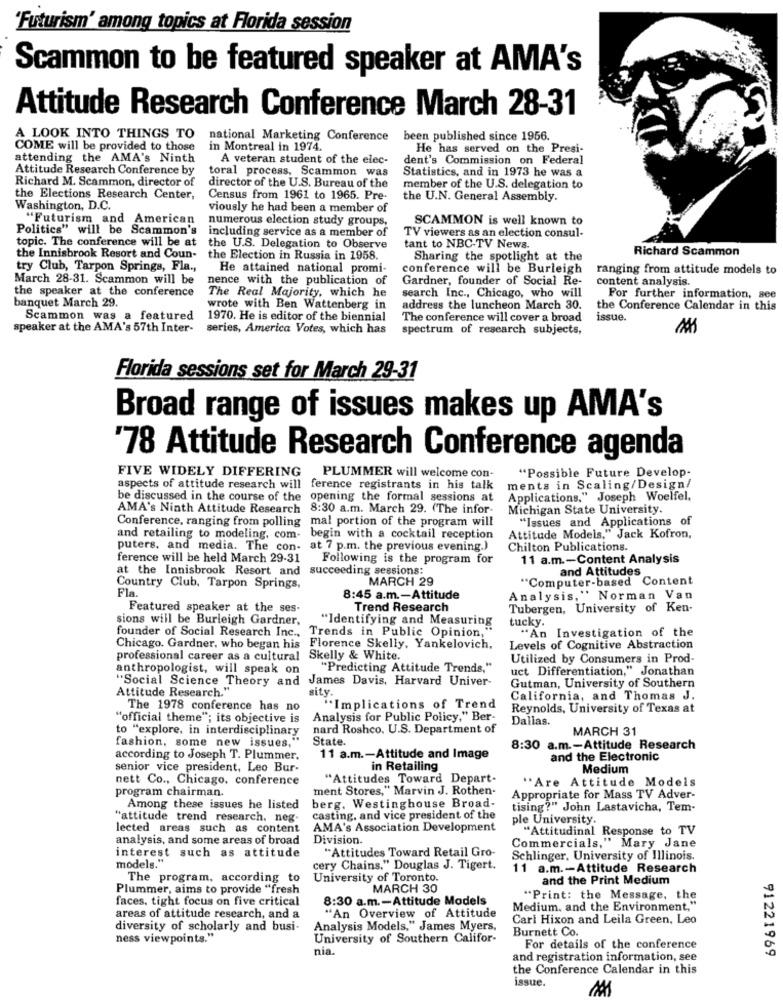
'Futurism' among topics at Florida session
Scammon to be featured speaker at AMA's
Attitude Research Conference March 28-31
A LOOK INTO THINGS TO
national Marketing Conference
been published since 1956.
COME will be provided to those
in Montreal in 1974.
He has served on the Presi-
attending the AMA's Ninth
A veteran student of the elec-
dent's Commission on Federal
Attitude Research Conference by
toral process, Scammon was
Statistics, and in 1973 he was a
Richard M. Scammon, director of
director of the U.S. Bureau of the
member of the U.S. delegation to
the Elections Research Center,
Census from 1961 to 1965. Pre-
the U.N. General Assembly.
Washington, D.C.
viously he had been a member of
"Futurism and American
numerous election study groups.
SCAMMON is well known to
Politics" will be Scammon's
topic. The conference will be at
including service as a member of
TV viewers as an election consul-
the U.S. Delegation to Observe
tant to NBC-TV News.
Richard Scammon
the Innisbrook Resort and Coun-
the Election in Russia in 1958.
Sharing the spotlight at the
try Club, Tarpon Springs, Fla .,
He attained national promi-
conference will be Burleigh
ranging from attitude models to
March 28-31. Scammon will be
nence with the publication of
Gardner, founder of Social Re-
content analysis.
the speaker at the conference
banquet March 29.
The Real Majority, which he
search Inc ., Chicago, who will
For further information, see
wrote with Ben Wattenberg in
address the luncheon March 30.
the Conference Calendar in this
Scammon was a featured
1970. He is editor of the biennial
The conference will cover a broad
issue.
speaker at the AMA's 57th Inter-
series, America Votes, which has
spectrum of research subjects,
Florida sessions set for March 29-31
Broad range of issues makes up AMA's
'78 Attitude Research Conference agenda
FIVE WIDELY DIFFERING
PLUMMER will welcome con-
"Possible Future Develop-
aspects of attitude research will ference registrants in his talk
ments in Scaling/Design/
be discussed in the course of the opening the formal sessions at
Applications," Joseph Woelfel.
AMA's Ninth Attitude Research
8:30 a.m. March 29. (The infor-
Michigan State University.
Conference, ranging from polling mal portion of the program will
"Issues and Applications of
and retailing to modeling, com- begin with a cocktail reception
Attitude Models," Jack Kofron,
puters, and media. The con- at 7 p.m. the previous evening.)
Chilton Publications.
ference will be held March 29-31
Following is the program for
11 a.m .- Content Analysis
at the Innisbrook Resort and succeeding sessions:
and Attitudes
MARCH 29
"Computer-based Content
Country Club, Tarpon Springs,
Fla.
8:45 a.m .- Attitude
Analysis," Norman Van
Featured speaker at the ses-
Trend Research
Tubergen, University of Ken-
sions will be Burleigh Gardner,
"Identifying and Measuring
tucky.
Trends in Public Opinion,"
founder of Social Research Inc .,
"An Investigation of the
Chicago. Gardner, who began his
Florence Skelly, Yankelovich,
Levels of Cognitive Abstraction
professional career as a cultural
Skelly & White.
Utilized by Consumers in Prod-
anthropologist, will speak on
"Predicting Attitude Trends,"
uct Differentiation," Jonathan
James Davis, Harvard Univer-
Attitude Research."
"Social Science Theory and
sity
Gutman, University of Southern
California, and Thomas J.
The 1978 conference has no
Implications of Trend
Reynolds, University of Texas at
"official theme"; its objective is
Analysis for Public Policy," Ber-
Dallas.
to "explore, in interdisciplinary
nard Roshco, U.S. Department of
MARCH 31
fashion, some new issues."
State.
8:30 a.m .- Attitude Research
according to Joseph T. Plummer.
11 a.m .- Attitude and Image
and the Electronic
senior vice president, Leo Bur-
in Retailing
Medium
nett Co ., Chicago, conference
"Attitudes Toward Depart-
program chairman.
ment Stores," Marvin J. Rothen-
"Are Attitude Models
Appropriate for Mass TV Adver-
Among these issues he listed
berg. Westinghouse Broad-
tising?" John Lastavicha, Tem-
"attitude trend research. neg-
casting, and vice president of the
ple University.
lected areas such as content
AMA's Association Development
"Attitudinal Response to TV
analysis, and some areas of broad
Division.
Commercials," Mary Jane
interest such as attitude
"Attitudes Toward Retail Gro-
models."
Schlinger, University of Illinois.
cery Chains." Douglas J. Tigert.
11 a.m .- Attitude Research
The program, according to
University of Toronto.
and the Print Medium
Plummer, aims to provide "fresh
MARCH 30
faces, tight focus on five critical
8:30 a.m .- Attitude Models
"Print: the Message, the
Medium, and the Environment,"
areas of attitude research, and a
"An Overview of Attitude
Carl Hixon and Leila Green, Leo
diversity of scholarly and busi-
Analysis Models," James Myers,
Burnett Co.
ness viewpoints."
University of Southern Califor-
nia.
For details of the conference
91221969
and registration information, see
the Conference Calendar in this
issue.